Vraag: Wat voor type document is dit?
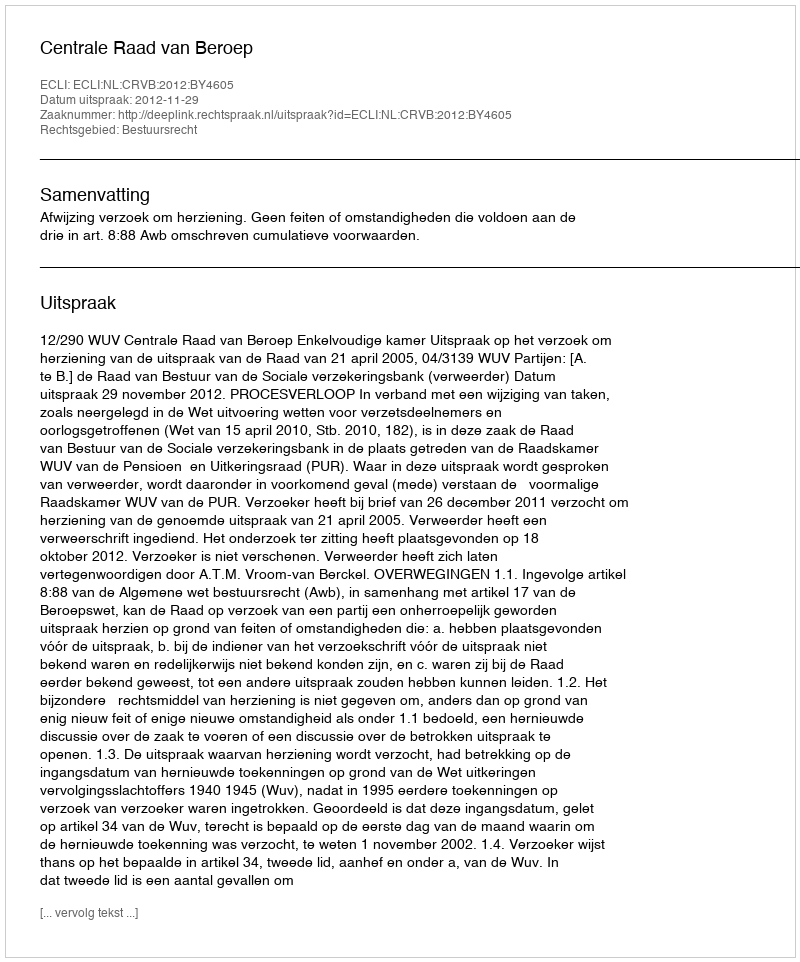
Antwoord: Uitspraak